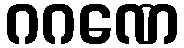
ဂဂဏေ